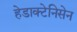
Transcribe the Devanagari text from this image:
हेडाक्टेनिसेन